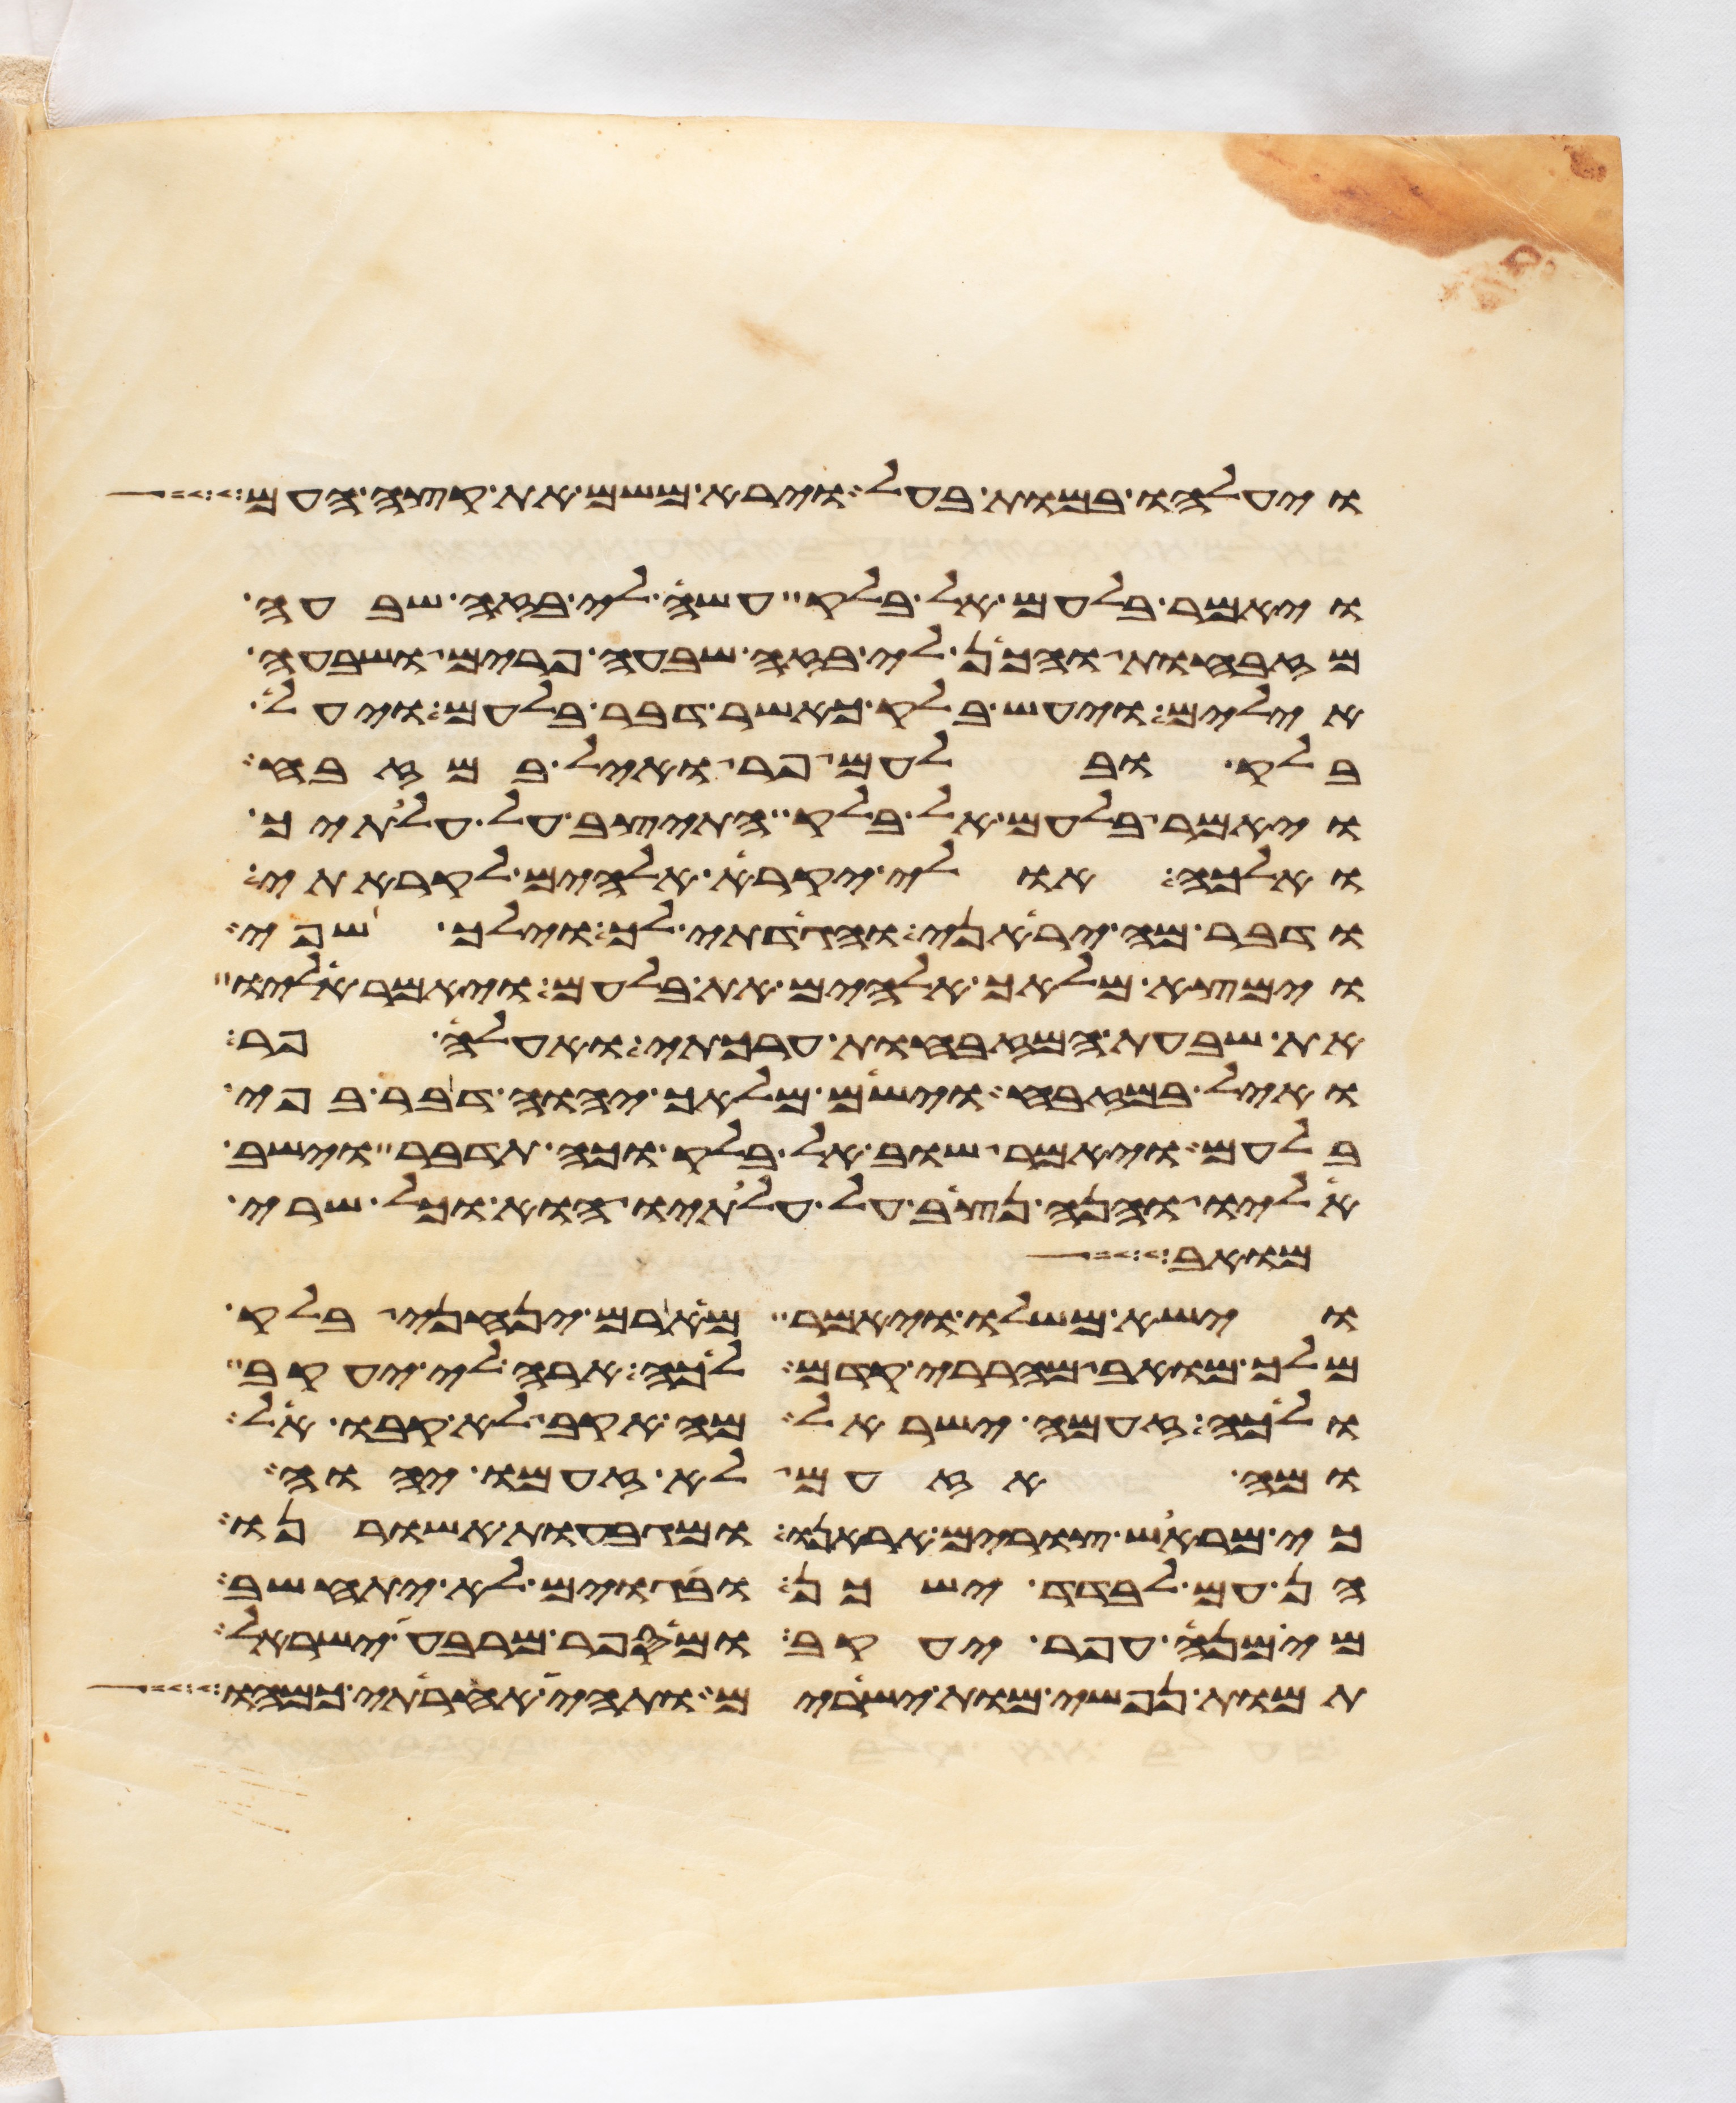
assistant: ויעלהו במות בעל וירא משם את קצה העם
ויאמר בלעם אל בלק עשה לי בזה שבעה
מזבחות והכן לי בזה שבעה פרים ושבעה
אילים ויעש בלק כאשר דבר בלעם ויעל
בלק ובלעם פר ואיל במזבח
ויאמר בלעם אל בלק התיצב על עלתיך
ואלכה אולי יקרא אלהים לקראתי
ודבר מה יראני והגדתי לך וילך שפי
וימצא מלאך אלהים את בלעם ויאמר אליו
את שבעת המזבחות ערכתי ואעלה פר
ואיל במזבח וישם מלאך יהוה דבר בפי
בלעם ויאמר שוב אל בלק וכה תדבר וישב
אליו והנה נצב על עלתיו הוא וכל שרי
מואב
וישא משלו ויאמר מארם ינחני בלק
מלך מואב מהררי קדם לכה ארה לי יעקב
ולכה זעמה ישראל מה אקב לא קבו אל
ומה אזעם לא זעם יהוה
כי מראש צורים אראנו ומגבעות אשורנו
הן עם לבדד ישכן ובגוים לא יתחשב
מי מנה עפר יעקב ומי ספר מרבע ישראל
תמות נפשי מות ישירים ותהי אחריתי כמהו